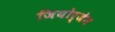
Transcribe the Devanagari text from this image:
जियोर्जेन